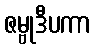
ဇမ္ဗုဒီပကာ